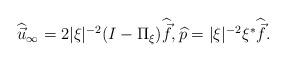
LaTeX: \begin{align*}\widehat{ \vec{u} }_{\infty} = 2|\xi|^{-2} (I-\Pi_\xi) \widehat{ \vec{f} },\widehat{p} = |\xi|^{-2}\xi^* \widehat{ \vec{f} }.\end{align*}